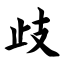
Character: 歧